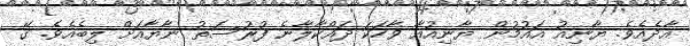
އާދެއެވެ. ޔާނިއު އައުމުން ޔާނިއުއާ ވާހަކަ ދައްކާލާނެ ފުރުސަތު ނާޔާއަށް ލިބެއެވެ. ގޭ